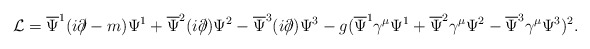
\begin{align*}{\cal L} = \overline{\Psi}^1(i\partial\!\!\!/ - m)\Psi^1 + \overline{\Psi}^2(i\partial\!\!\!/)\Psi^2 -\overline{\Psi}^3(i\partial\!\!\!/)\Psi^3- g(\overline{\Psi}^1 \gamma^{\mu} \Psi^1 + \overline{\Psi}^2 \gamma^{\mu} \Psi^2 - \overline{\Psi}^3 \gamma^{\mu} \Psi^3)^2.\end{align*}